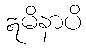
ဣမိနာပိ